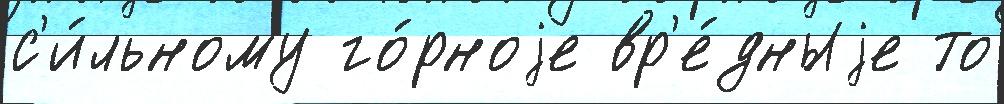
с'и́льному го́рноjе вр'е́дныjе то